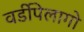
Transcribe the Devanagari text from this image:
वर्डीपेलागो